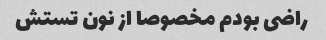
راضی بودم مخصوصا از نون تستش